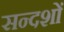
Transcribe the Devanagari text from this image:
सन्दशों